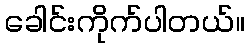
ခေါင်းကိုက်ပါတယ်။